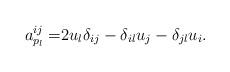
LaTeX: \begin{align*}a^{ij}_{p_l}=&2u_l\delta_{ij}-\delta_{il}u_j-\delta_{jl}u_i.\end{align*}